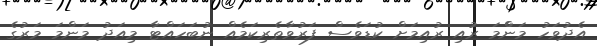
އެދުވަހު މަންްމަ ރުއި ރުއިމަށް ކުޑަވެސް ފަރުވާތެރިކަމެއް ނުބަހައްޓާ މިއަދު މަންމަ މަރުގެ